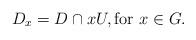
LaTeX: \begin{align*}D_x = D \cap xU, \textrm{for $x \in G$}.\end{align*}